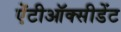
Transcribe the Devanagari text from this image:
ऐंटीऑक्सीडेंट